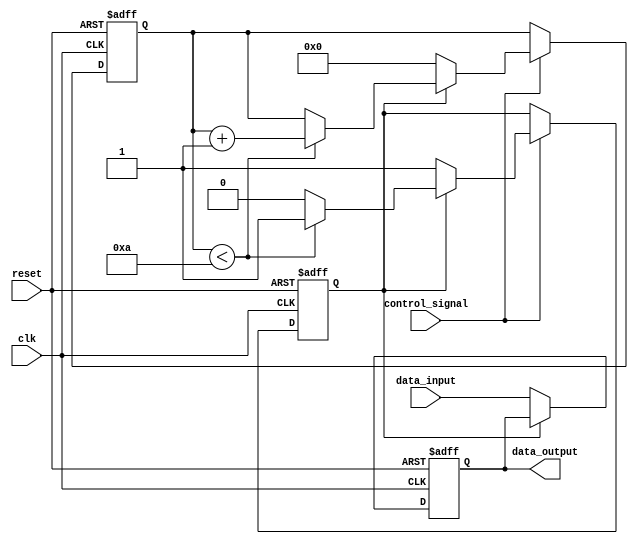
module hold_condition (
    input wire clk,            // Clock signal for timing
    input wire reset,          // Reset signal
    input wire control_signal,  // Control signal to enable hold condition
    input wire data_input,      // Data input to be held
    output reg data_output      // Data output reflecting the held value
);

    reg hold_state;            // Internal state to indicate hold condition
    reg [3:0] hold_counter;    // Counter to manage hold duration
    parameter HOLD_DURATION = 4'd10; // Duration for which to hold the value

    always @(posedge clk or posedge reset) begin
        if (reset) begin
            data_output <= 1'b0; // Clear output on reset
            hold_state <= 1'b0;   // Reset hold state
            hold_counter <= 4'd0;  // Reset counter
        end else begin
            if (control_signal) begin
                if (!hold_state) begin
                    // Capture the data input and enter hold state
                    data_output <= data_input;
                    hold_state <= 1'b1;
                    hold_counter <= 4'd0; // Reset the hold counter
                end else if (hold_counter < HOLD_DURATION) begin
                    // Increment the hold counter while in hold state
                    hold_counter <= hold_counter + 1;
                end else begin
                    // Hold duration expired, exit hold state
                    hold_state <= 1'b0;
                end
            end else begin
                if (!hold_state) begin
                    // Follow data input when not in hold state
                    data_output <= data_input;
                end
            end
        end
    end

endmodule